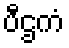
ပီဌကံ